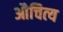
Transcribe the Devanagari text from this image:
औचित्‍य